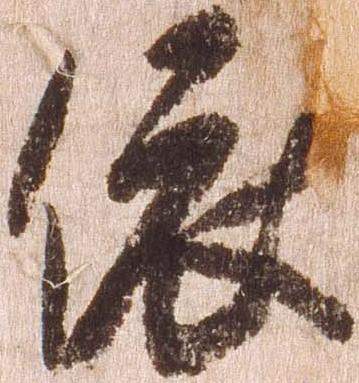
依